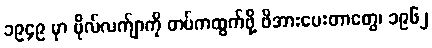
၁၉၄၉ မှာ ဗိုလ်လက်ျာကို တပ်ကထွက်ဖို့ ဖိအားပေးတာတွေ၊ ၁၉၆၂